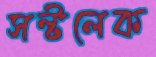
সল্টলেক